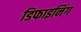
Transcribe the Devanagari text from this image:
डिफाइनिंग